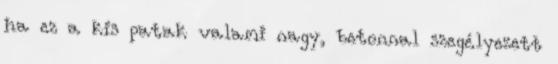
ha ez a kis patak valami nagy, betonnal szegélyezett